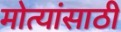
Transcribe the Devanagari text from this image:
मोत्यांसाठी